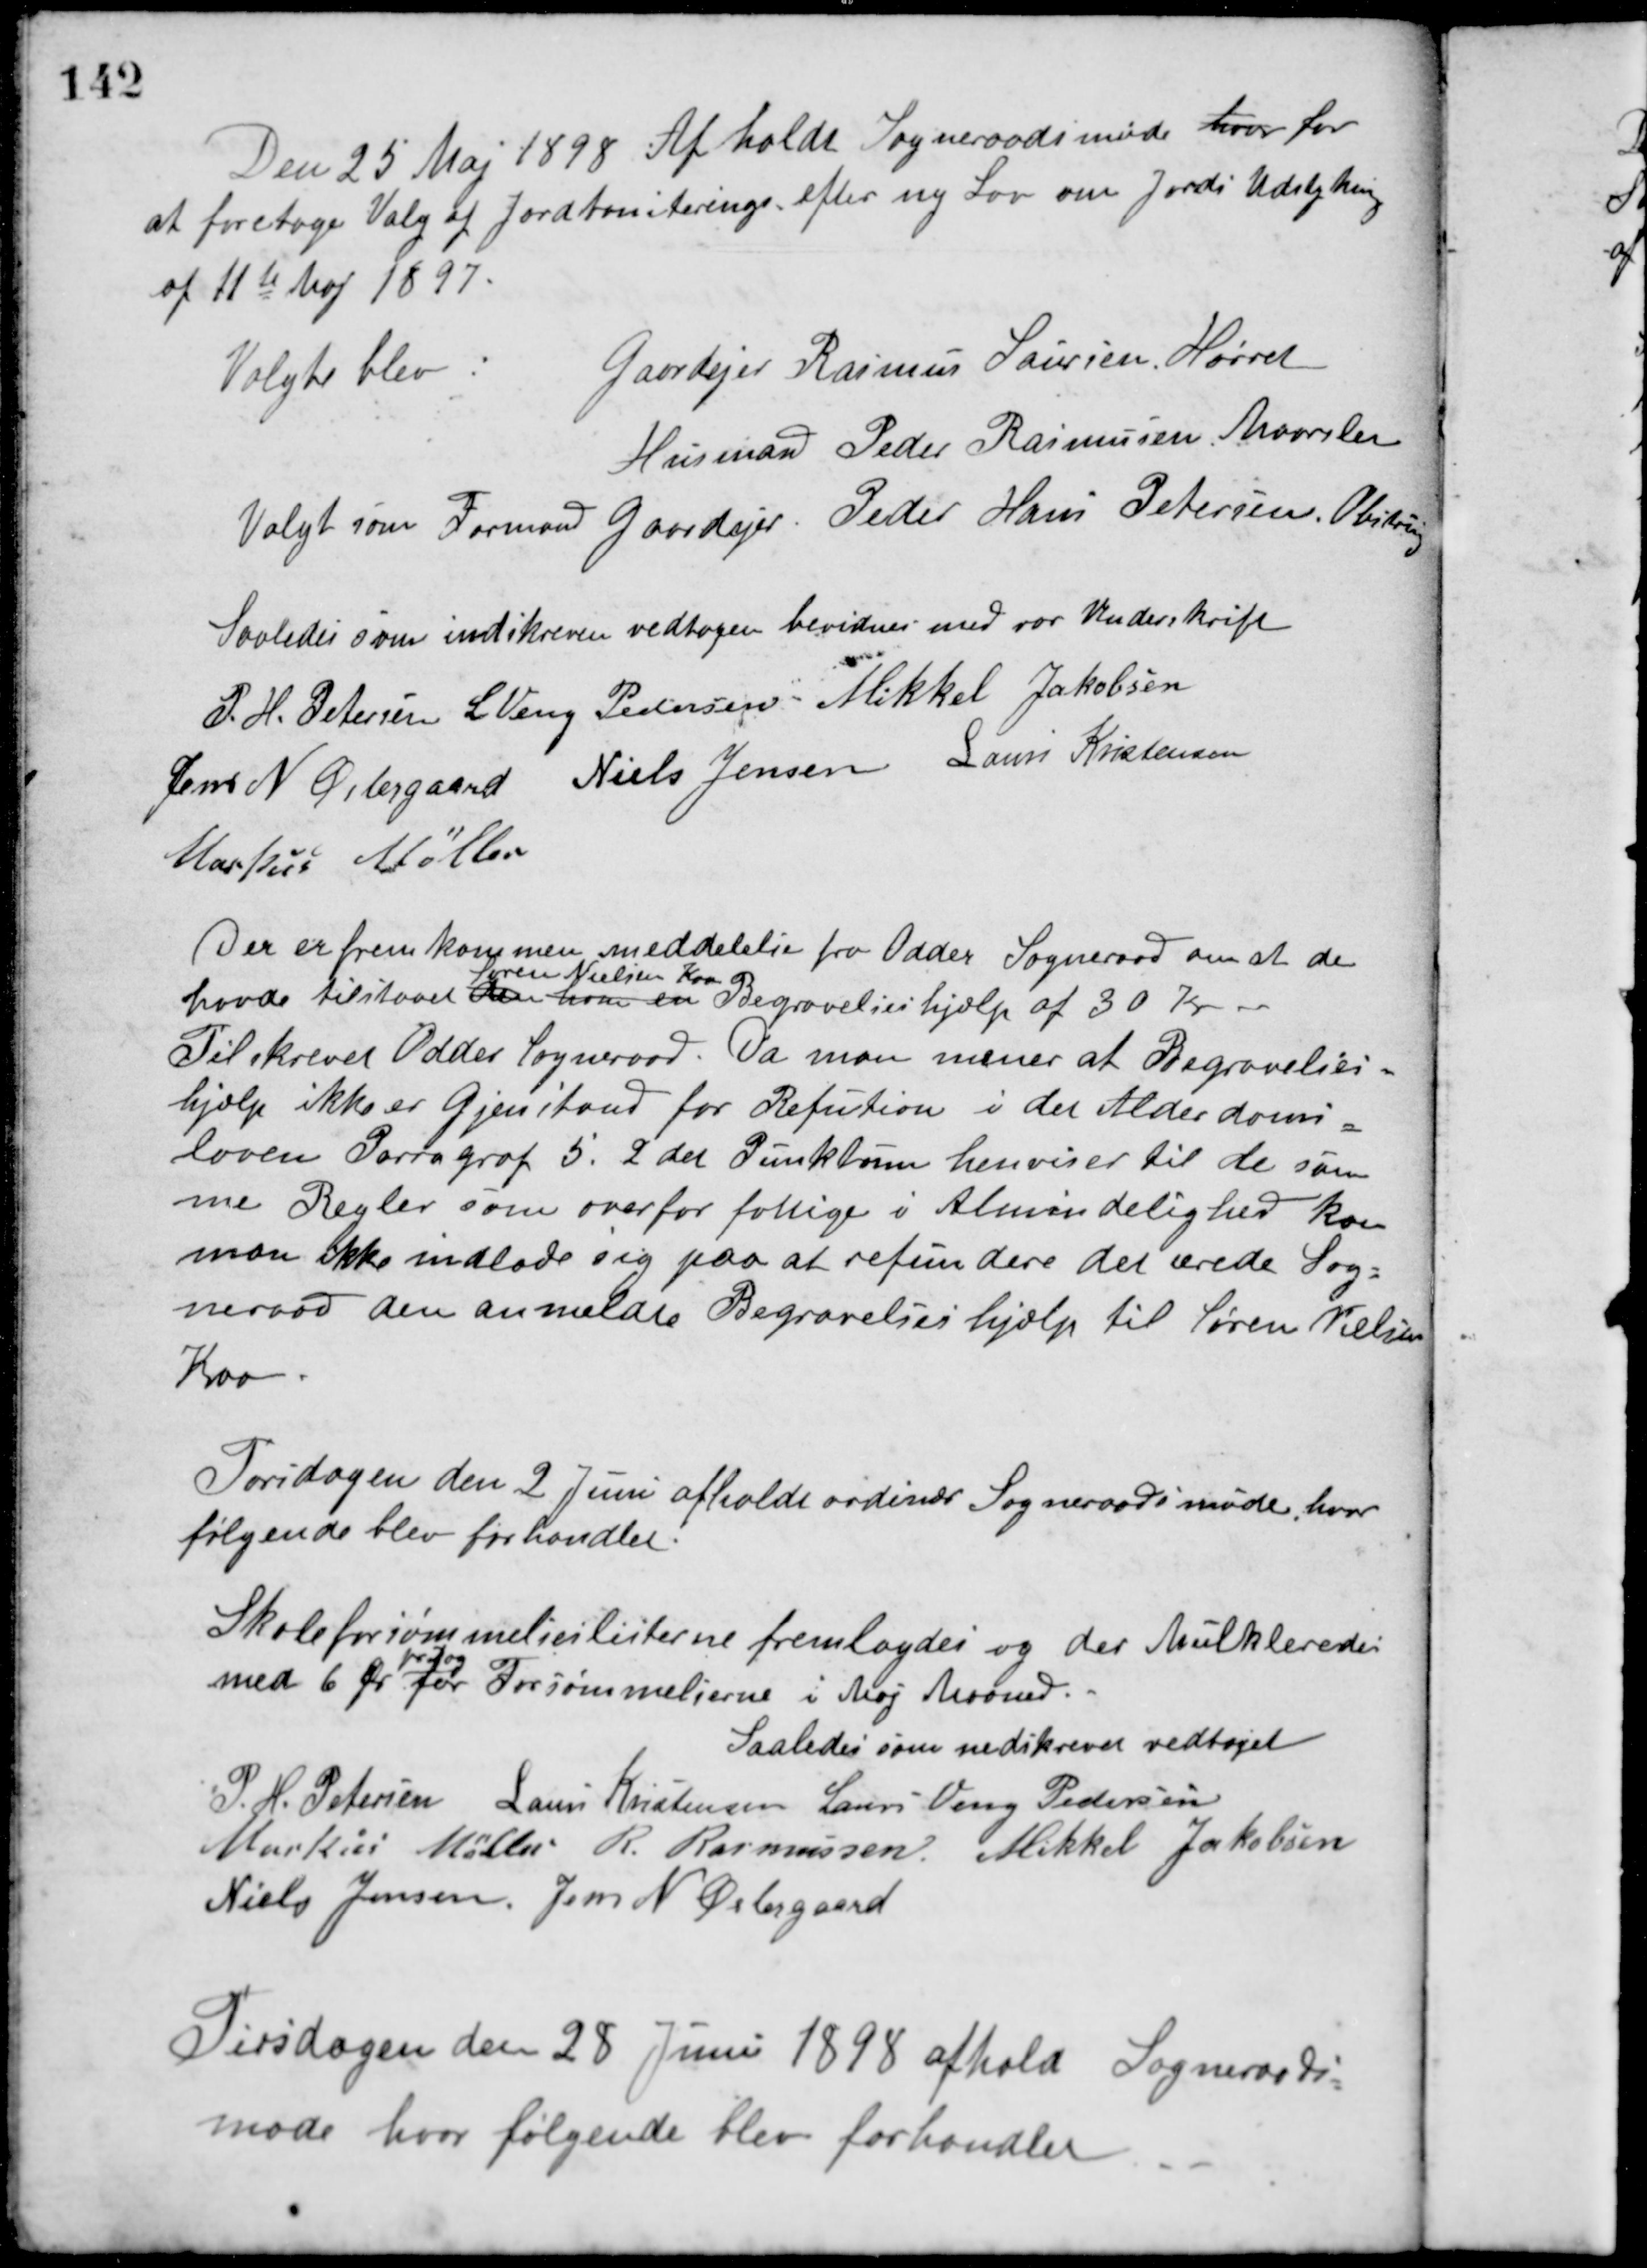
Transskription:
Den 25 Maj 1898 Afholdt Sogneraadsmøde hvor for
at foretage Valg af Jordboniterings efter ny Lov om Jords Udstykning
af 11te Maj 1897.
Valgte blev:
Gaardejer Rasmus Laursen, Hørret
Husmand Peder Rasmussen, Maarslet
Valgt som Formand Gaardejer Peder Hans Petersen, Obstrup.
Saaledes som indskreven vedtagen bevidnes med vor Underskrift
P. H. Petersen L. Veng Pedersen Mikkel Jakobsen
Jens N. Østergaard Niels Jensen Laurs Kristensen
Markus Møller
Der er fremkommen meddelelse fra Odder Sogneraad om at de
havde tilstaaet den ham en
Søren Nielsen Kaa
Begravelseshjælp af 30 Kr.
Tilskrevet Odder Sogneraad. Da man mener at Begravelses-
hjælp ikke er Gjenstand for Refution i det Alderdoms-
loven Parragraf 5. 2 det Punktum henviser til de sam-
me Regler som over for fattige i Almindelighed kan
man ikke indlade sig paa at refundere det ærede Sog-
neraad den anmeldte Begravelseshjælp til Søren Nielsen
Kaa.
Torsdagen den 2 Juni afholdt ordinær Sogneraadsmøde, hvor
følgende blev forhandlet.
Skoleforsømmelseslisterne fremlagdes og der Mulkteredes
med 6 Øre
pr. Dag
for Forsømmelserne i Maj Maaned.
Saaledes som nedskrevet vedtaget
P. H. Petersen Laurs Kristensen Laurs Veng Pedersen
Markus Møller R. Rasmussen Mikkel Jakobsen
Niels Jensen Jens N. Østergaard
Tirsdagen den 28 Juni 1898 afhold Sogneraads-
møde hvor følgende blev forhandlet